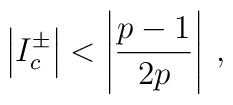
\left| I^{\pm }_{c}\right| <\left| \displaystyle\frac{p-1}{2p}\right| \: ,